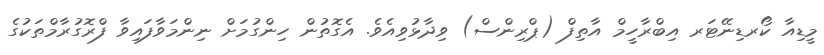
މީޑިއާ ކޯރޑިނޭޓަރ އިބްރާހީމް އާތިފް (ޕްރިންސް) ވިދާޅުވިއެވެ. އެގޮތުން ހިންގުމަށް ނިންމަވާފައިވާ ފްރޮގުރާމްތަކުގެ